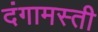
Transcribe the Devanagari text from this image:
दंगामस्ती